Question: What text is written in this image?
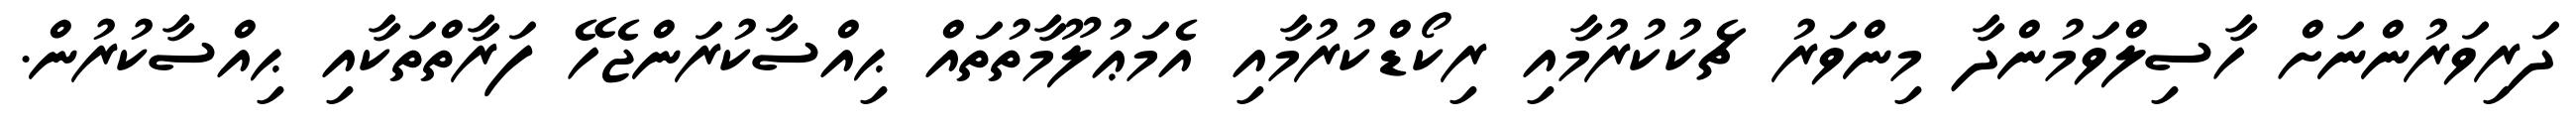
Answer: ދަރިވަރުންނަށް ހާސިލްވަމުންދާ މިންވަރު ޗެކުކުރުމާއި ރިކޯޑްކުރުމާއި އެމަޢުލޫމާތުތައް ޙިއްސާކުރަންޖެހޭ ފަރާތްތަކާއި ޙިއްސާކުރުން.